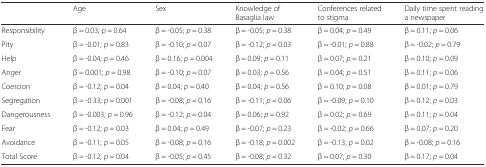
|  | Age | Sex | Knowledge of Basaglia law | Conferences related to stigma | Daily time spent reading a newspaper |
 | --- | --- | --- | --- | --- | --- |
 | Responsibility | β = 0.03; p = 0.64 | β = -0.05; p = 0.38 | β = -0.05; p = 0.38 | β = 0.04; p = 0.49 | β = 0.11; p = 0.06 |
 | Pity | β = -0.01; p = 0.83 | β = -0.10; p = 0.07 | β = -0.12; p = 0.03 | β = -0.01; p = 0.88 | β = -0.02; p = 0.79 |
 | Help | β = -0.04; p = 0.46 | β = 0.16; p = 0.004 | β = 0.09; p = 0.11 | β = 0.07; p = 0.21 | β = 0.10; p = 0.09 |
 | Anger | β = 0.001; p = 0.98 | β = -0.10; p = 0.07 | β = 0.03; p = 0.56 | β = 0.04; p = 0.51 | β = 0.11; p = 0.06 |
 | Coercion | β = -0.12; p = 0.04 | β = 0.04; p = 0.40 | β = 0.04; p = 0.56 | β = 0.10; p = 0.08 | β = 0.01; p = 0.79 |
 | Segregation | β = -0.33; p = 0.001 | β = -0.08; p = 0.16 | β = -0.11; p = 0.06 | β = -0.09; p = 0.10 | β = 0.12; p = 0.03 |
 | Dangerousness | β = -0.003; p = 0.96 | β = -0.12; p = 0.04 | β = 0.06; p = 0.92 | β = 0.02; p = 0.69 | β = 0.11; p = 0.04 |
 | Fear | β = -0.12; p = 0.03 | β = 0.04; p = 0.49 | β = -0.07; p = 0.23 | β = -0.02; p = 0.66 | β = 0.07; p = 0.20 |
 | Avoidance | β = -0.11; p = 0.05 | β = -0.08; p = 0.16 | β = -0.18; p = 0.002 | β = -0.13; p = 0.02 | β = -0.08; p = 0.16 |
 | Total Score | β = -0.12; p = 0.04 | β = -0.05; p = 0.45 | β = -0.08; p = 0.32 | β = 0.07; p = 0.30 | β = 0.17; p = 0.04 |